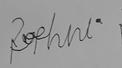
Signature authenticity: forged